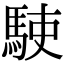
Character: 𩢲